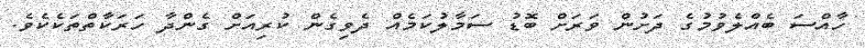
ހާއްސަ ބެއްލެވުމުގެ ދަށުން ވަރަށް ބޮޑު ސަމާލުކަމެއް ދެވިގެން ކުރިއަށް ގެންދާ ހަރަކާތްތަކެކެވެ.